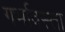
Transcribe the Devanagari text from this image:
गर्भावस्ता